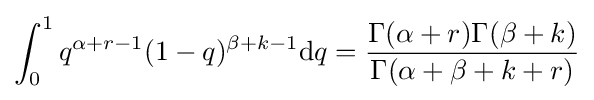
\int _{0}^{1}q^{\alpha +r-1}(1-q)^{\beta +k-1}\mathrm {d} q={\frac {\Gamma (\alpha +r)\Gamma (\beta +k)}{\Gamma (\alpha +\beta +k+r)}}